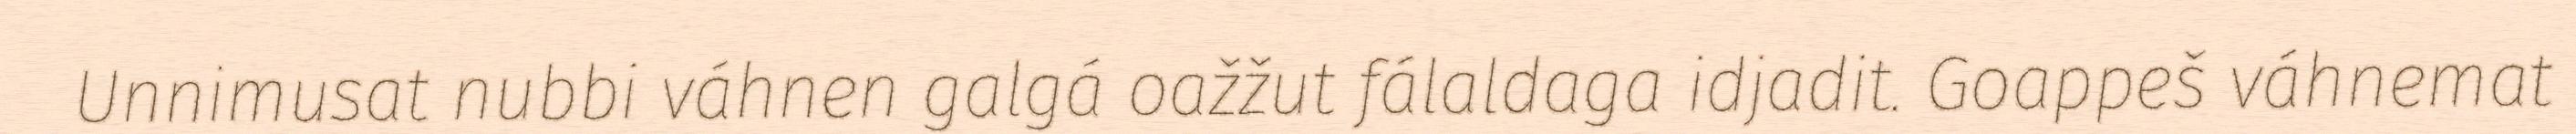
Unnimusat nubbi váhnen galgá oažžut fálaldaga idjadit. Goappeš váhnemat